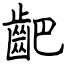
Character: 䶕